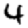
Digit: 4